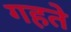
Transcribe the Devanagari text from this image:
गहते